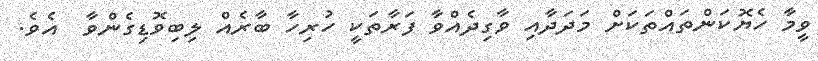
ވީމާ ހެޔޮކަންތައްތަކަށް މަދަދާއި ވާގިދެއްވާ ފަރާތަކީ ހުރިހާ ބާރެއް ލިބިވޮޑިގެންވާ  އެވެ.